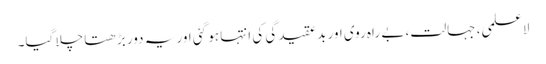
لاعلمی، جہالت، بے راہ روی اور بدعقیدگی کی انتہا ہو گئی اور یہ دور بڑھتا چلا گیا۔